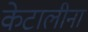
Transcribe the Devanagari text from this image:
केटालीना